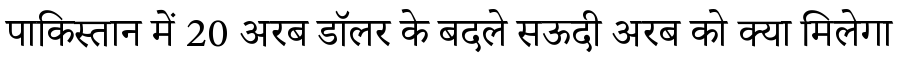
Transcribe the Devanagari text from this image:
पाकिस्तान में 20 अरब डॉलर के बदले सऊदी अरब को क्या मिलेगा